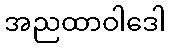
အညထာဝါဒေါ